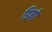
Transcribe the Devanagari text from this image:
डिबो